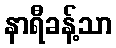
နာရီခန့်သာ